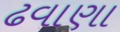
ઢવાણા